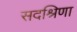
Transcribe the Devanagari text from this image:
सदश्रिणा